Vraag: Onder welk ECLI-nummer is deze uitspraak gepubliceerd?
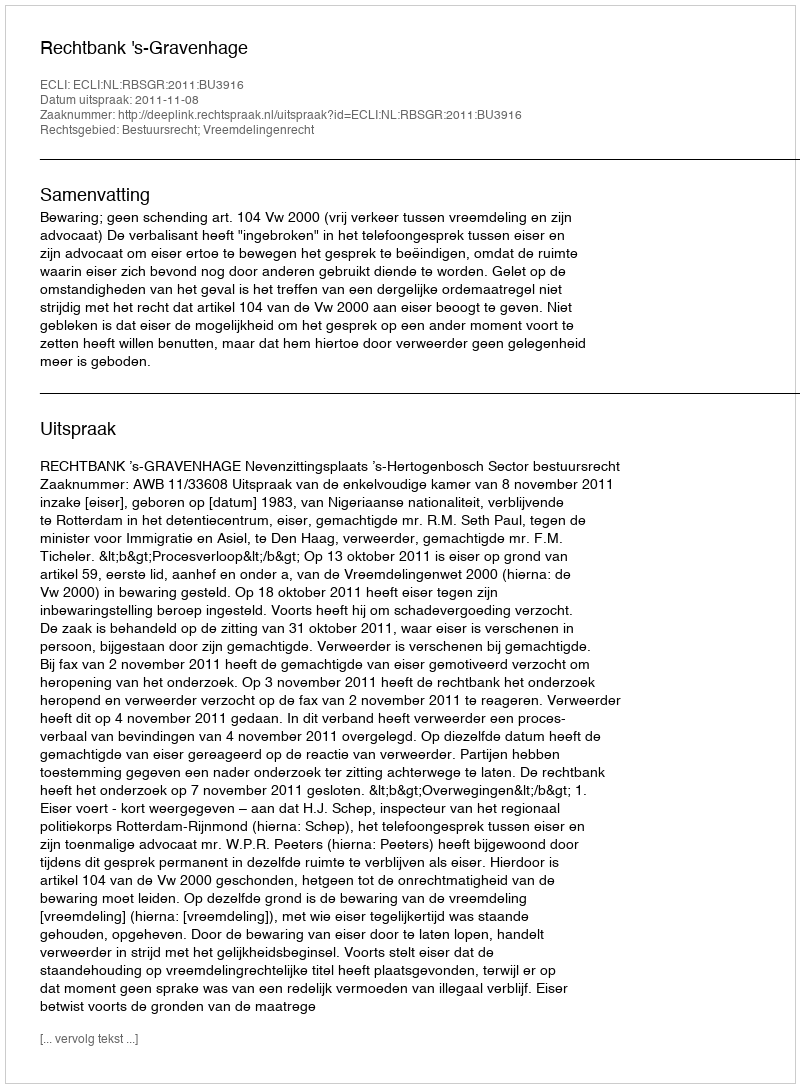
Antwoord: ECLI:NL:RBSGR:2011:BU3916